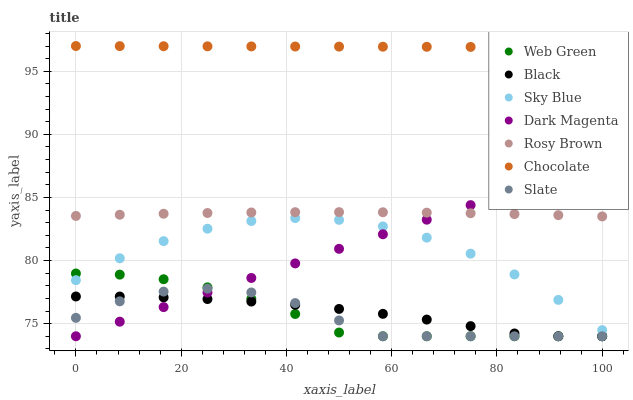
| xaxis_label | Web Green | Black | Sky Blue | Dark Magenta | Rosy Brown | Chocolate | Slate |
 | --- | --- | --- | --- | --- | --- | --- | --- |
 | 0 | 79 | 77.2 | 78.4 | 74 | 83.5 | 97 | 75.5 |
 | 8.33 | 78.9 | 77.1 | 80.2 | 75.2 | 83.6 | 97 | 76.8 |
 | 16.7 | 78.5 | 77.1 | 81.5 | 76.3 | 83.7 | 97 | 77.5 |
 | 25 | 77.9 | 76.9 | 82.5 | 77.5 | 83.8 | 97 | 77.8 |
 | 33.3 | 77 | 76.8 | 83.1 | 78.6 | 83.8 | 97 | 77.5 |
 | 41.7 | 75.8 | 76.5 | 83.4 | 79.8 | 83.8 | 97 | 76.6 |
 | 50 | 74.3 | 76.2 | 83.2 | 80.9 | 83.8 | 97 | 75.3 |
 | 58.3 | 74 | 75.8 | 82.7 | 82.1 | 83.8 | 96.9 | 74 |
 | 66.7 | 74 | 75.3 | 81.8 | 83.2 | 83.8 | 96.9 | 74 |
 | 75 | 74 | 74.8 | 80.5 | 84.4 | 83.7 | 96.9 | 74 |
 | 83.3 | 74 | 74.2 | 78.9 | 85.5 | 83.7 | 96.9 | 74 |
 | 91.7 | 74 | 74 | 76.9 | 86.7 | 83.6 | 96.9 | 74 |
 | 100 | 74 | 74 | 74.5 | 87.9 | 83.5 | 96.9 | 74 |